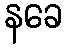
နခေ